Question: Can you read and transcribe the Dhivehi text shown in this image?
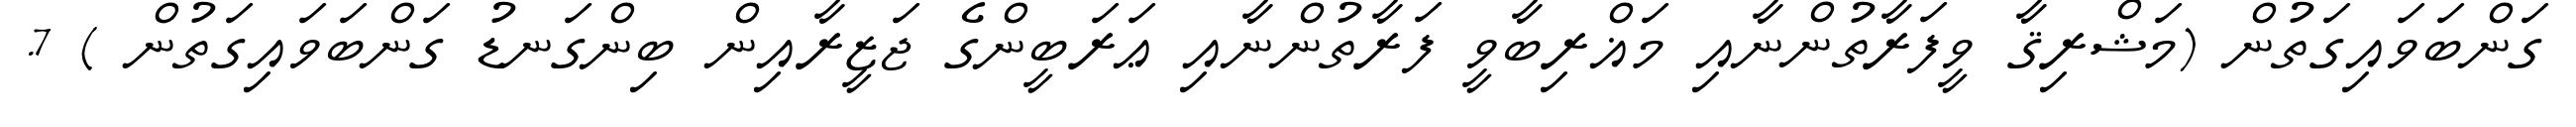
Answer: ގަންބަވައިގަތުން (މަޝްރިޤާ ވީފަރާތުންނާއި މަޣްރިބާވީ ފަރާތުންނާއި ޢަރަބީންގެ ޖަޒީރާއިން ބިންގަނޑު ގަންބަވައިގަތުން ) 7.